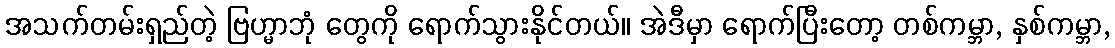
အသက်တမ်းရှည်တဲ့ ဗြဟ္မာဘုံ တွေကို ရောက်သွားနိုင်တယ်။ အဲဒီမှာ ရောက်ပြီးတော့ တစ်ကမ္ဘာ, နှစ်ကမ္ဘာ,